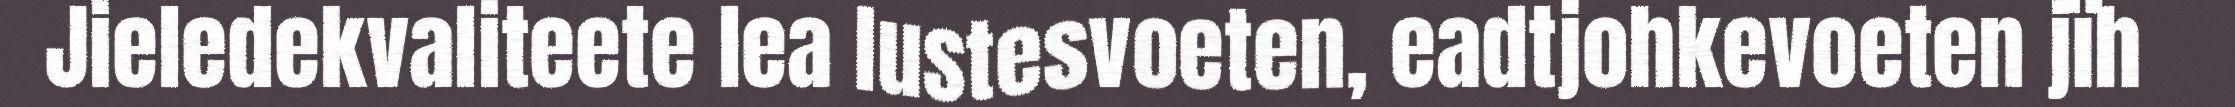
Jieledekvaliteete lea lustesvoeten, eadtjohkevoeten jïh